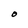
Character: O